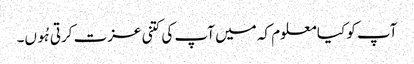
آپ کو کیا معلوم کہ میں آپ کی کتنی عزت کرتی ہُوں۔